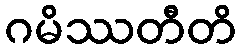
ဂမိဿတီတိ